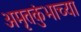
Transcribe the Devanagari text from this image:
अमृतकुंभाच्या